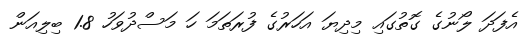
އެފަދަ ލޯނުގެ ގޮތުގައި މިދިޔަ އަހަރުގެ ފުރަތަމަ ހަ މަސްދުވަހު 1.8 ބިލިއަން